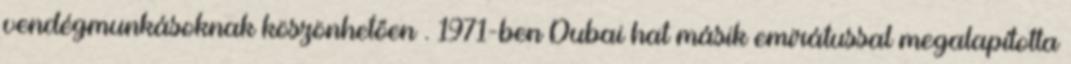
vendégmunkásoknak köszönhetően . 1971-ben Dubai hat másik emirátussal megalapította